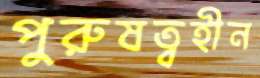
পুরুষত্বহীন